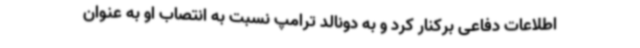
اطلاعات دفاعی برکنار کرد و به دونالد ترامپ نسبت به انتصاب او به عنوان